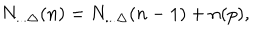
N _ { . . . \Delta } ( n ) = N _ { . . . \Delta } ( n - 1 ) + n ( p ) ,